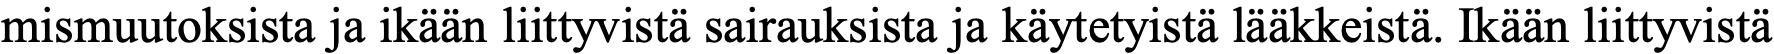
mismuutoksista ja ikään liittyvistä sairauksista ja käytetyistä lääkkeistä. Ikään liittyvistä